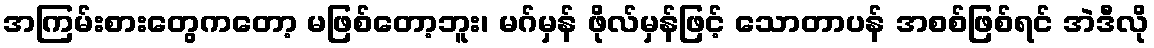
အကြမ်းစားတွေကတော့ မဖြစ်တော့ဘူး၊ မဂ်မှန် ဖိုလ်မှန်ဖြင့် သောတာပန် အစစ်ဖြစ်ရင် အဲဒီလို